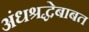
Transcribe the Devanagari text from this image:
अंधश्रद्धेबाबत